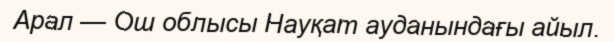
Арал — Ош облысы Науқат ауданындағы айыл.